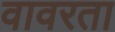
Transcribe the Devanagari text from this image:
वावरता